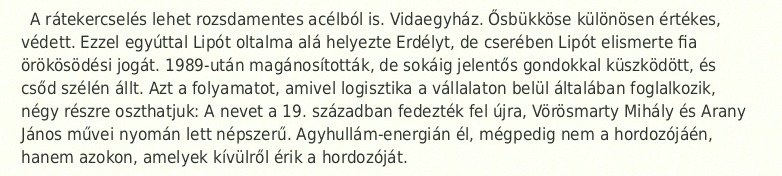
A rátekercselés lehet rozsdamentes acélból is. Vidaegyház. Ősbükköse különösen értékes, védett. Ezzel egyúttal Lipót oltalma alá helyezte Erdélyt, de cserében Lipót elismerte fia örökösödési jogát. 1989-után magánosították, de sokáig jelentős gondokkal küszködött, és csőd szélén állt. Azt a folyamatot, amivel logisztika a vállalaton belül általában foglalkozik, négy részre oszthatjuk: A nevet a 19. században fedezték fel újra, Vörösmarty Mihály és Arany János művei nyomán lett népszerű. Agyhullám-energián él, mégpedig nem a hordozójáén, hanem azokon, amelyek kívülről érik a hordozóját.